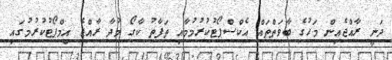
ދަނީ ރާއްޖެއިން މަހުގެ ބާވަތްތައް އެކްސްޕޯޓުކުރުމުމާއި ތަފާތު ކާގޯ މުދާ ރާއްޖެ އިމްޕޯޓުކުރުމުގައި